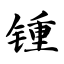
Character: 锺